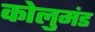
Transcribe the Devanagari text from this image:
कोलुमंड